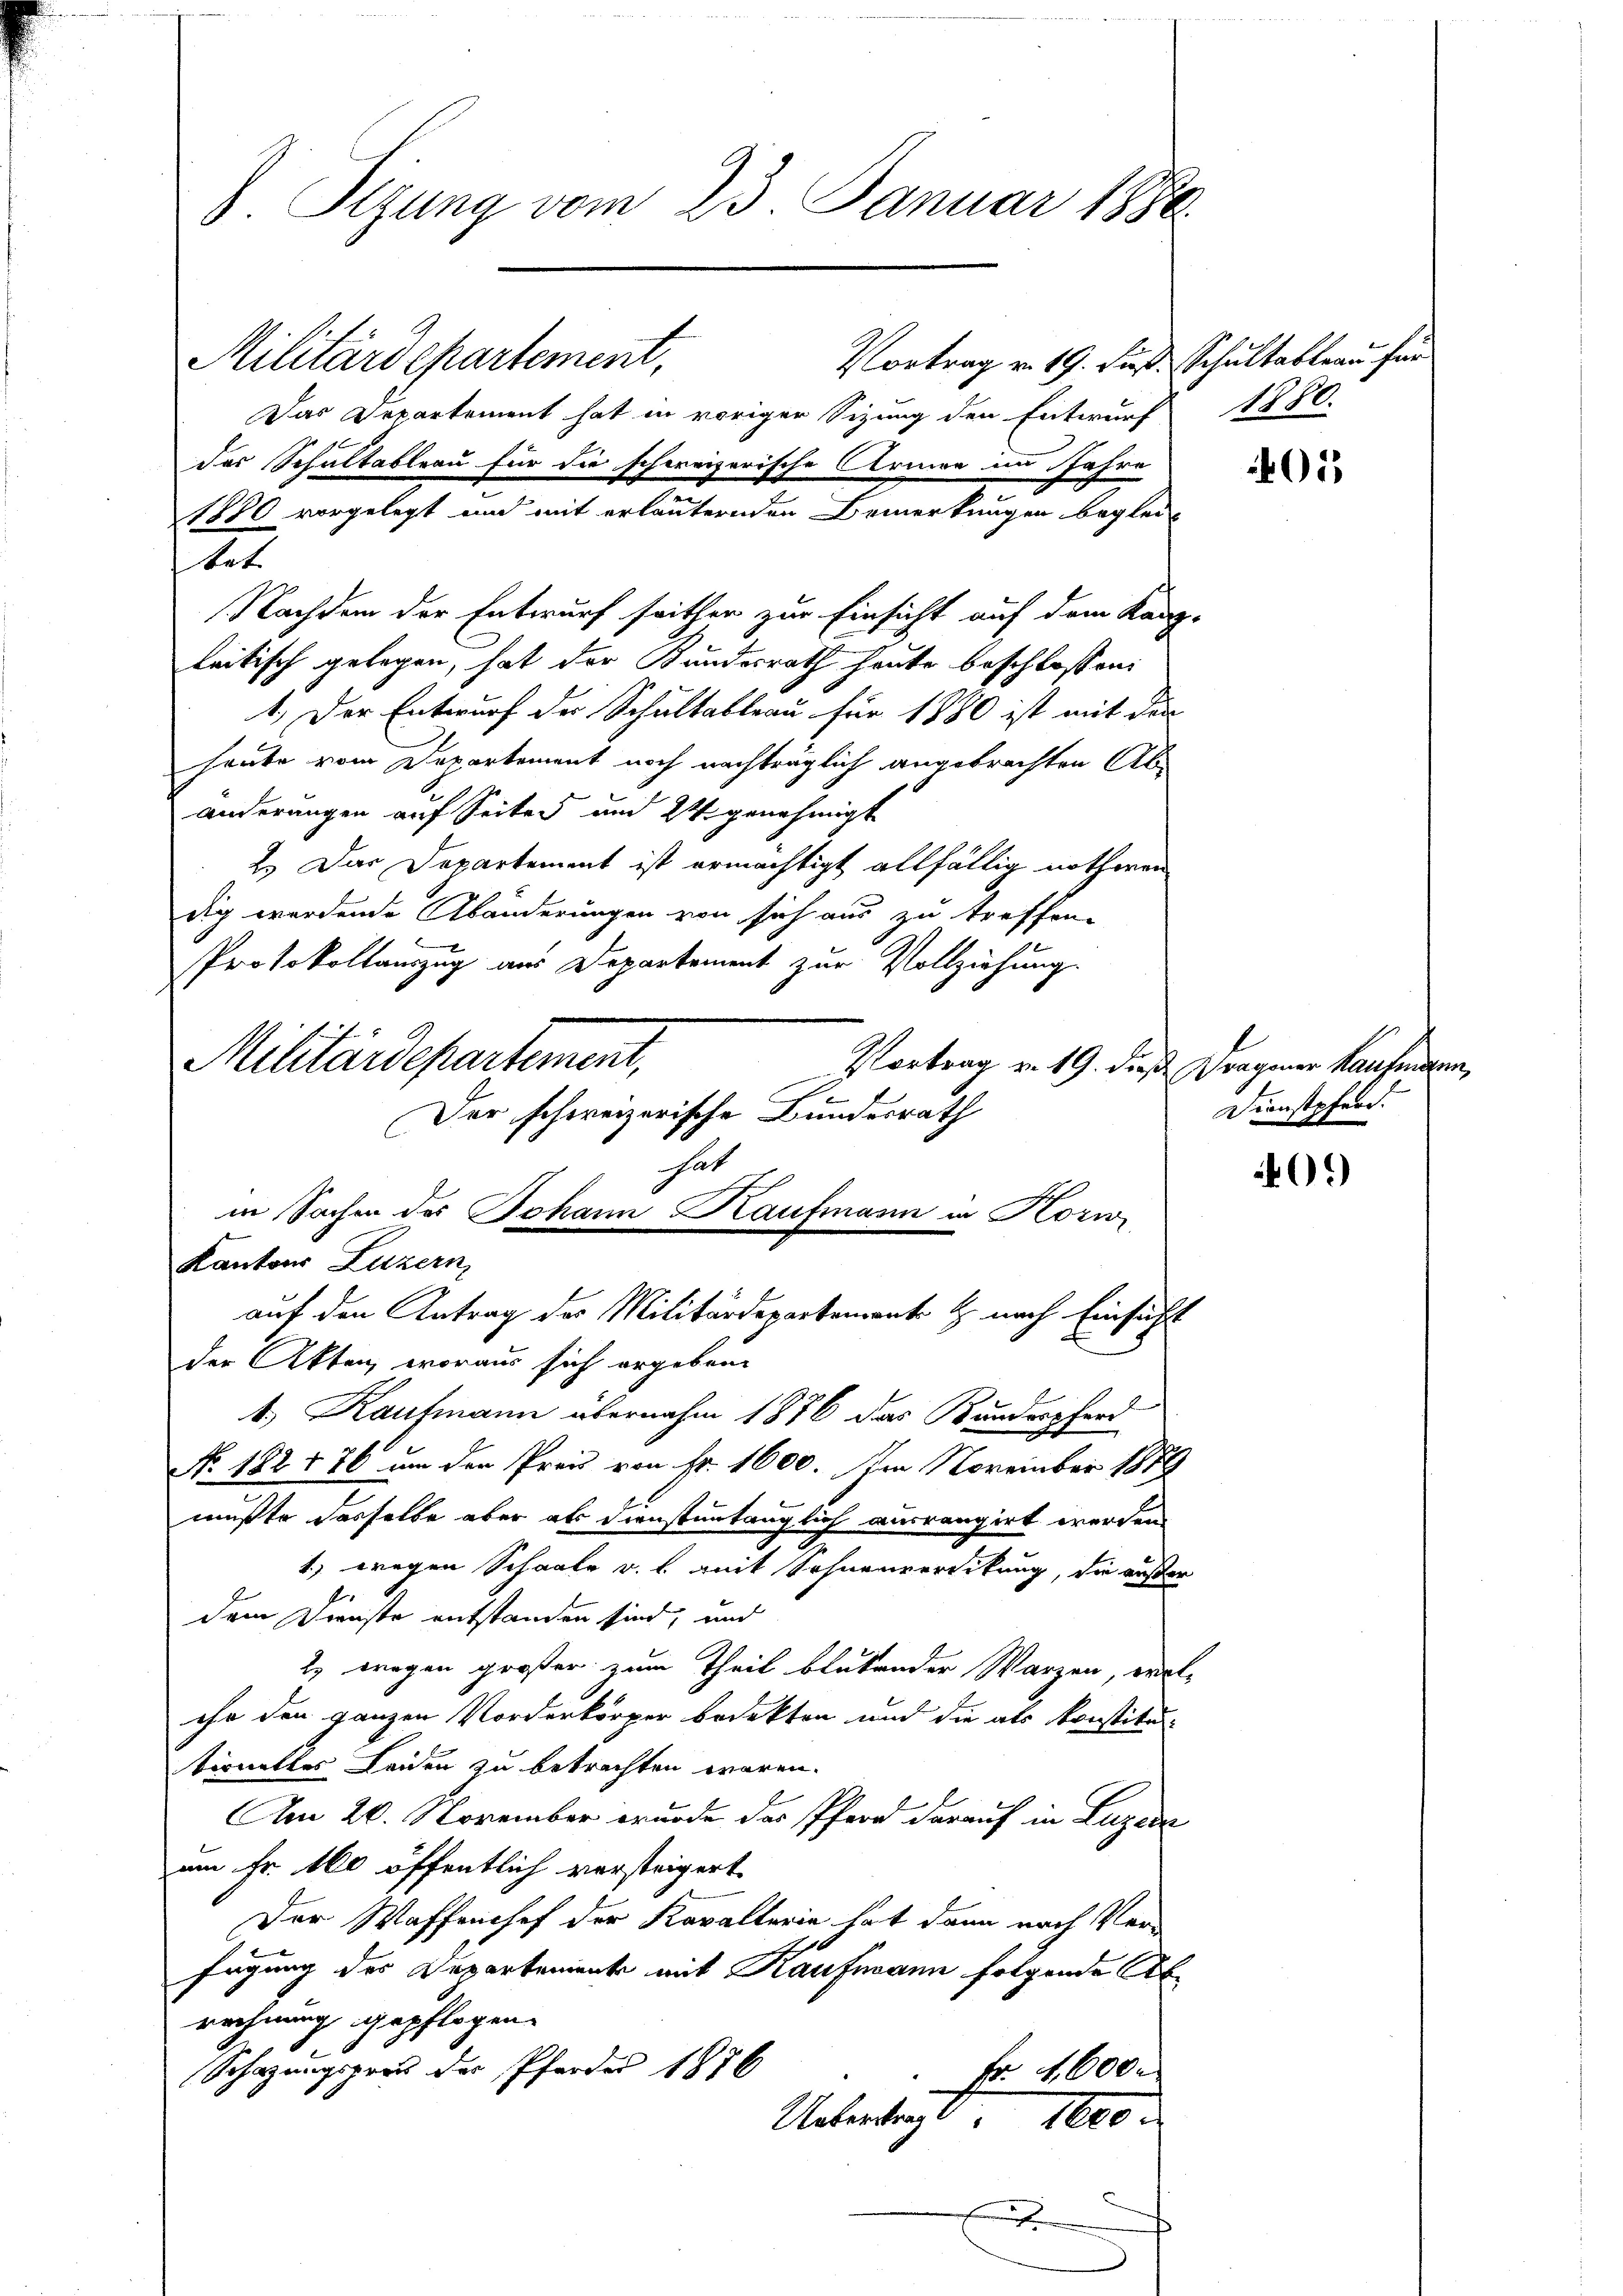
8. Sizung vom 23. Januar 1886.

Das Departement hat in voriger Sizung den Entwurf 1880.
das Schultableau für die schweizerische Armen im Jahre
1880 vorgelegt und mit erläuternden Bemerkungen beglei¬
Nachdem der Entwurf seithen zur Einsicht auf dem Kanz-
leitisch gelegen, hat der Bundesrath heute beschlossen:
1.) Der Entwurf der Schultableau für 1880 ist mit den
heute vom Departement noch nachträglich angebrachten Abänderungen auf Seites und 24 genehmigt
2.) Das Departement ist ermächtigt allfällig nothwen
dig werdende Abänderungen von sich aus zu treffen-
Protokollauszug aus Departement zur Vollziehung
Der schweizerische Bundesrath
hat
in Sachen des Johann Haufmann in Horw
auf den Antrag des Militärdepartement & nach Einsicht
Der Akten, woraus sich ergeben.
4., Kaufmann übernahm 1876 das Kundrechend
No. 182 + 76 um der Preis von Fr. 1600. Im November 1879
mußte dasselbe aber als dienstentänglich ausrangirt werden
1) wegen Schaale v. l. mit Sohnenverdikung, die außer
dem Dienste entstanden sind, und
2) wegen größer zum Theil blutender Marzen, welihr den ganzen Vorderkörper bedekten und die als Konstitutionettes Leiden zu betrachten wären.
Am 20. November wurde das Pfarr darauf in Luzern
um Fr. 100 öffentlich versteigert
Der Waffenhof der Kavallerie hat dann nach Ver-
fügung des Departement mit Kaufmann folgende Ab
rechnung gepflogen.
Schazungspros der Pferder 1876
Fr. 4600.
Ubertragt 1000

Militärdepartement,
Kantons Luzern,

tet

Militärdepartement,

Vortrag v. 19. Fuß. Schultableau für

Vortrag v. 19. dieß Fragener Kaufigen,

01

Dienstpferd.

09)